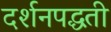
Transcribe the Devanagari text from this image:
दर्शनपद्धती